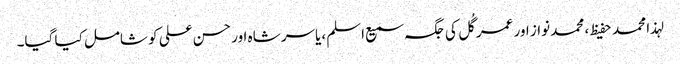
لہذا محمد حفیظ ، محمد نواز اور عمر گُل کی جگہ سمیع اسلم ،یاسر شاہ اور حسن علی کو شامل کیا گیا۔